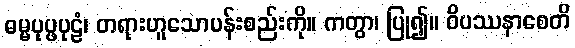
ဓမ္မပုပ္ဖပုဠံ၊ တရားဟူသောပန်းစည်းကို။ ကတွာ၊ ပြု၍။ ဝိပဿနာစေတိ